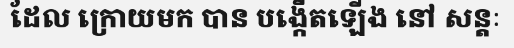
ដែល ក្រោយមក បាន បង្កើតឡើង នៅ សន្តៈ